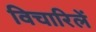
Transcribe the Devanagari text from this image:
विचारिलें